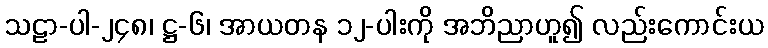
သဠာ-ပါ-၂၄၈၊ ဋ္ဌ-၆၊ အာယတန ၁၂-ပါးကို အဘိညာဟူ၍ လည်းကောင်းယ